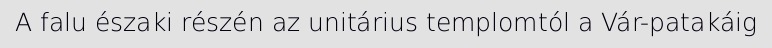
A falu északi részén az unitárius templomtól a Vár-patakáig